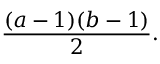
{ \frac { ( a - 1 ) ( b - 1 ) } { 2 } } .